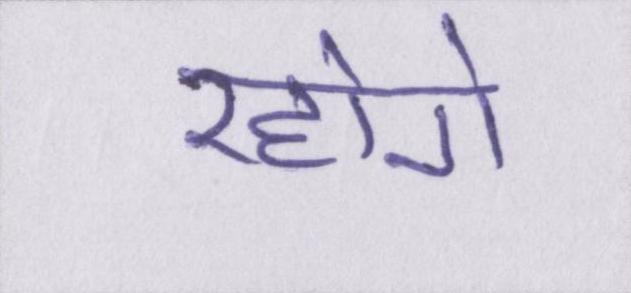
रहोगे